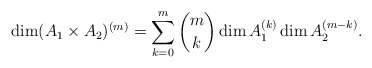
\begin{align*}\dim (A_1\times A_2)^{(m)} = \sum_{k=0}^{m} \binom{m}{k}\dim A_1^{(k)}\dim A_2^{(m-k)}.\end{align*}